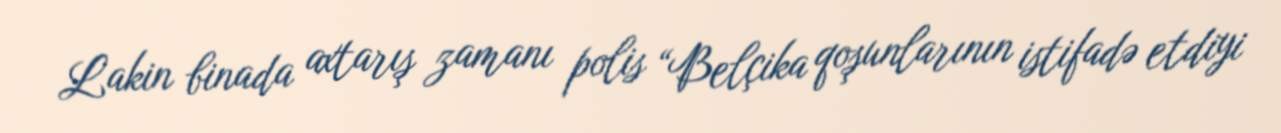
Lakin binada axtarış zamanı polis “Belçika qoşunlarının istifadə etdiyi